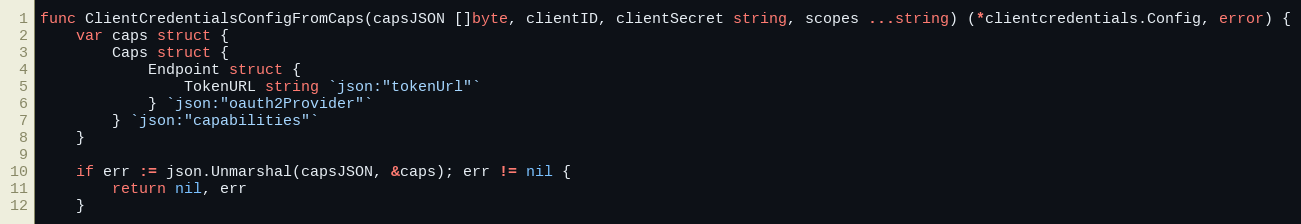
Language: Go
func ClientCredentialsConfigFromCaps(capsJSON []byte, clientID, clientSecret string, scopes ...string) (*clientcredentials.Config, error) {
	var caps struct {
		Caps struct {
			Endpoint struct {
				TokenURL string `json:"tokenUrl"`
			} `json:"oauth2Provider"`
		} `json:"capabilities"`
	}

	if err := json.Unmarshal(capsJSON, &caps); err != nil {
		return nil, err
	}